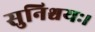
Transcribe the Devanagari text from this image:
सुनिश्चयः।